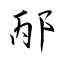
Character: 邴